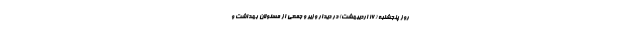
روز پنجشنبه (۱۶ اردیبهشت) در دیدار وزیر و جمعی از مسئولان بهداشت و